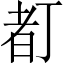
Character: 𠁂